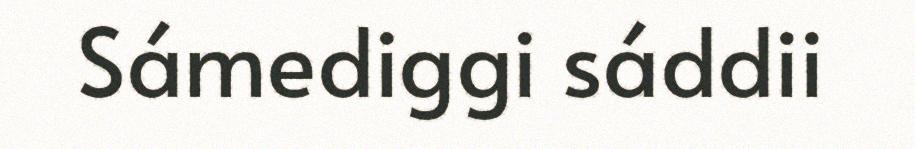
Sámediggi sáddii